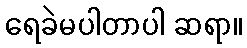
ရေခဲမပါတာပါ ဆရာ။